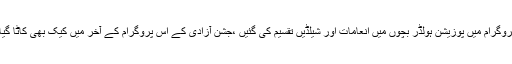
پروگرام میں پوزیشن ہولڈر بچوں میں انعامات اور شیلڈیں تقسیم کی گئیں ،جشن آزادی کے اس پروگرام کے آخر میں کیک بھی کاٹا گیا۔